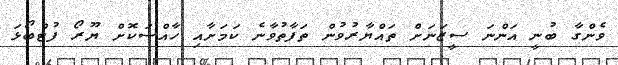
ވެންގާ ބުނީ އަންނަ ސީޒަނަށް ތައްޔާރުވުން ތަފާތުވާނެ ކަމަށާއި ހާއްސަކޮށް ޔޫރޯ ފުޓްބޯޅަ